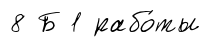
8 Б 1 рабо́ты